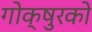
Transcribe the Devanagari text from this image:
गोक्षुरको